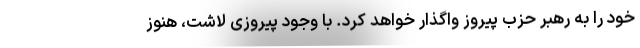
خود را به رهبر حزب پیروز واگذار خواهد کرد. با وجود پیروزی لاشت، هنوز